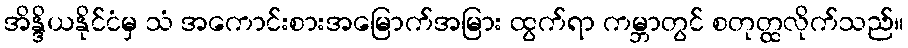
အိန္ဒိယနိုင်ငံမှ သံ အကောင်းစားအမြောက်အမြား ထွက်ရာ ကမ္ဘာတွင် စတုတ္ထလိုက်သည်။